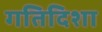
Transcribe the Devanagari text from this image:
गतिदिशा